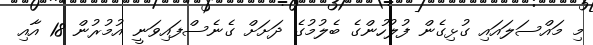
މި މައްސަލައައި ގުޅިގެން ފުލުހުންގެ ބެލުމުގެ ދަށަށް ގެނެސްފައިވަނީ އުމުރުން 18 އާއި